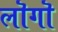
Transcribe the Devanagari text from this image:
लॊगॊ